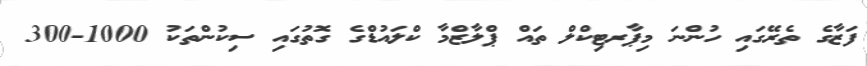
ފަޒާގެ ތެރޭގައި ހުންނަ މިޕާރޓިކްލް ތައް ޕްލާޒްމާ ކްލައުޑްގެ ގޮތުގައި ސިކުންތަކު 1000-300